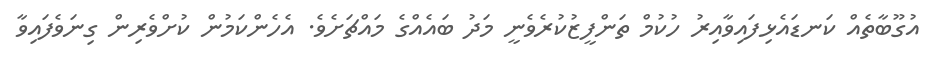
އުގޫބާތެއް ކަނޑައެޅިފައިވާއިރު ހުކުމް ތަންފީޒުކުރެވެނީ މަދު ބައެއްގެ މައްޗަށެވެ. އެހެންކަމުން ކުށްވެރިން ގިނަވެފައިވާ